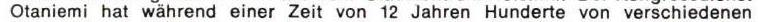
Otaniemi hat während einer Zeit von 12 Jahren Hunderte von verschiedenen